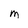
Character: M